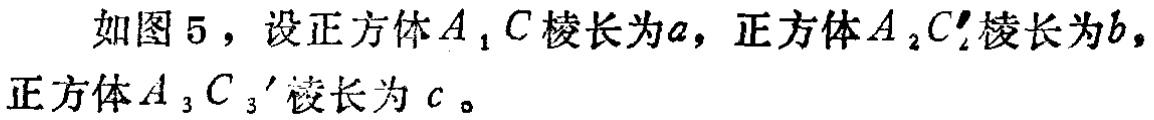
如图 5，设正方体\(A_{1}C\)棱长为\(a\)，正方体\(A_{2}C_{2}'\)棱长为\(b\)，正方体\(A_{3}C_{3}'\)棱长为 \(c\)。